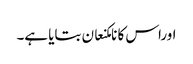
اوراس کا نامکنعان بتایا ہے۔